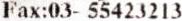
FAX:03- 55423213